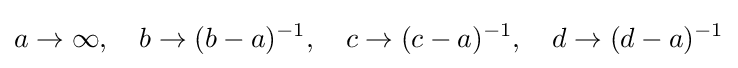
a\to \infty ,\quad b\to (b-a)^{-1},\quad c\to (c-a)^{-1},\quad d\to (d-a)^{-1}